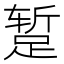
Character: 𫏐